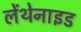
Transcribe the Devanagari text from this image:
लेंथेनाइड